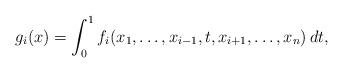
LaTeX: \begin{align*}g_i(x) = \int_0^1 f_i(x_1,\ldots, x_{i-1}, t, x_{i+1},\ldots, x_n)\, dt,\end{align*}